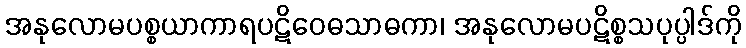
အနုလောမပစ္စယာကာရပဋိဝေဓသာဓကာ၊ အနုလောမပဋိစ္စသပုပ္ပါဒ်ကို